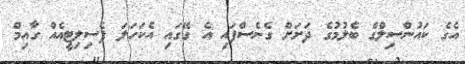
އެގެ ކައުންސިލްގެ ބެލުމުގެ ދަށަށް ގެނެސްފައި އެ ގޭގައި އެކަހަލަ ފެސިލިޓީއެއް ގާއިމް